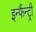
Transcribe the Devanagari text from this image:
इन्फैंन्ट्री